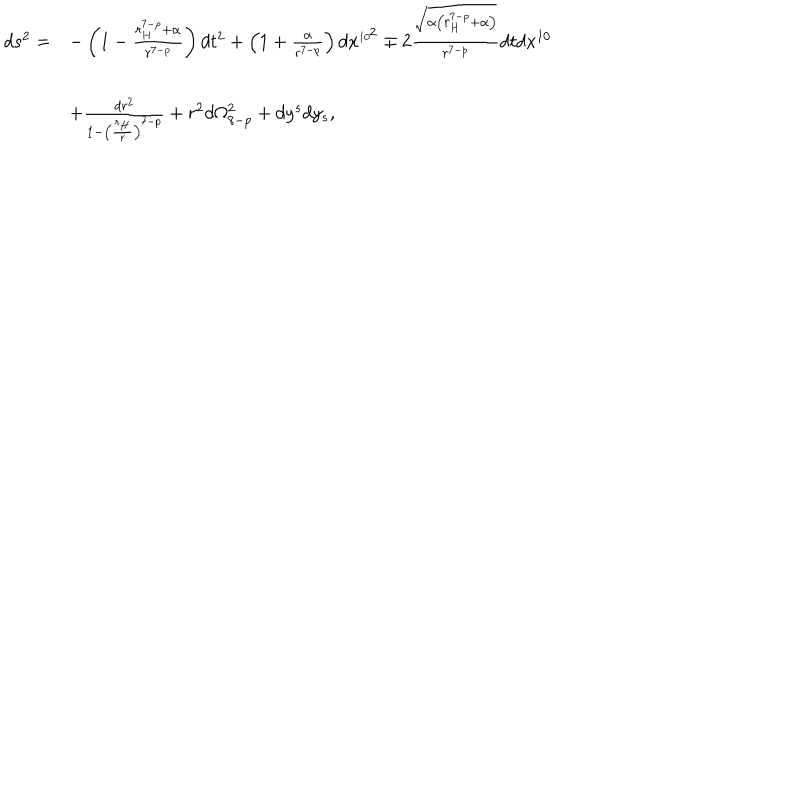
LaTeX: \begin{array} { l l } { { d s ^ { 2 } = } } & { { - \left( 1 - \frac { r _ { H } ^ { 7 - p } + \alpha } { r ^ { 7 - p } } \right) d t ^ { 2 } + \left( 1 + \frac { \alpha } { r ^ { 7 - p } } \right) d x ^ { \scriptscriptstyle { 1 0 } ^ { \scriptstyle { 2 } } } \mp 2 \frac { \sqrt { \alpha \left( r _ { H } ^ { 7 - p } + \alpha \right) } } { r ^ { 7 - p } } d t d x ^ { 1 0 } } } \\ { { } } & { { + \frac { d r ^ { 2 } } { 1 - \left( \frac { r _ { H } } { r } \right) ^ { 7 - p } } + r ^ { 2 } d \Omega _ { 8 - p } ^ { 2 } + d y ^ { s } d y _ { s } , } } \\ \end{array}